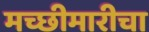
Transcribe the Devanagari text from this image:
मच्छीमारीचा